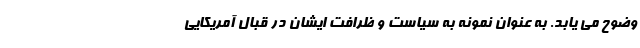
وضوح می یابد. به عنوان نمونه به سیاست و ظرافت ایشان در قبال آمریکایی